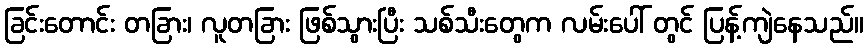
ခြင်းတောင်း တခြား၊ လူတခြား ဖြစ်သွားပြီး သစ်သီးတွေက လမ်းပေါ် တွင် ပြန့်ကျဲနေသည်။